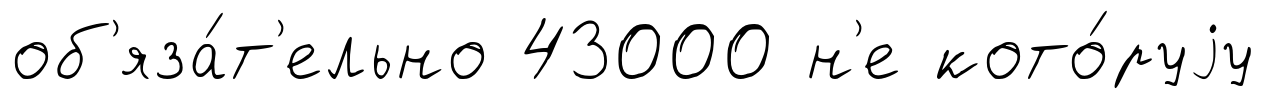
об'яза́т'ельно 43000 н'е кото́руjу